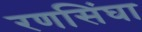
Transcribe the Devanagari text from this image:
रणसिंघा